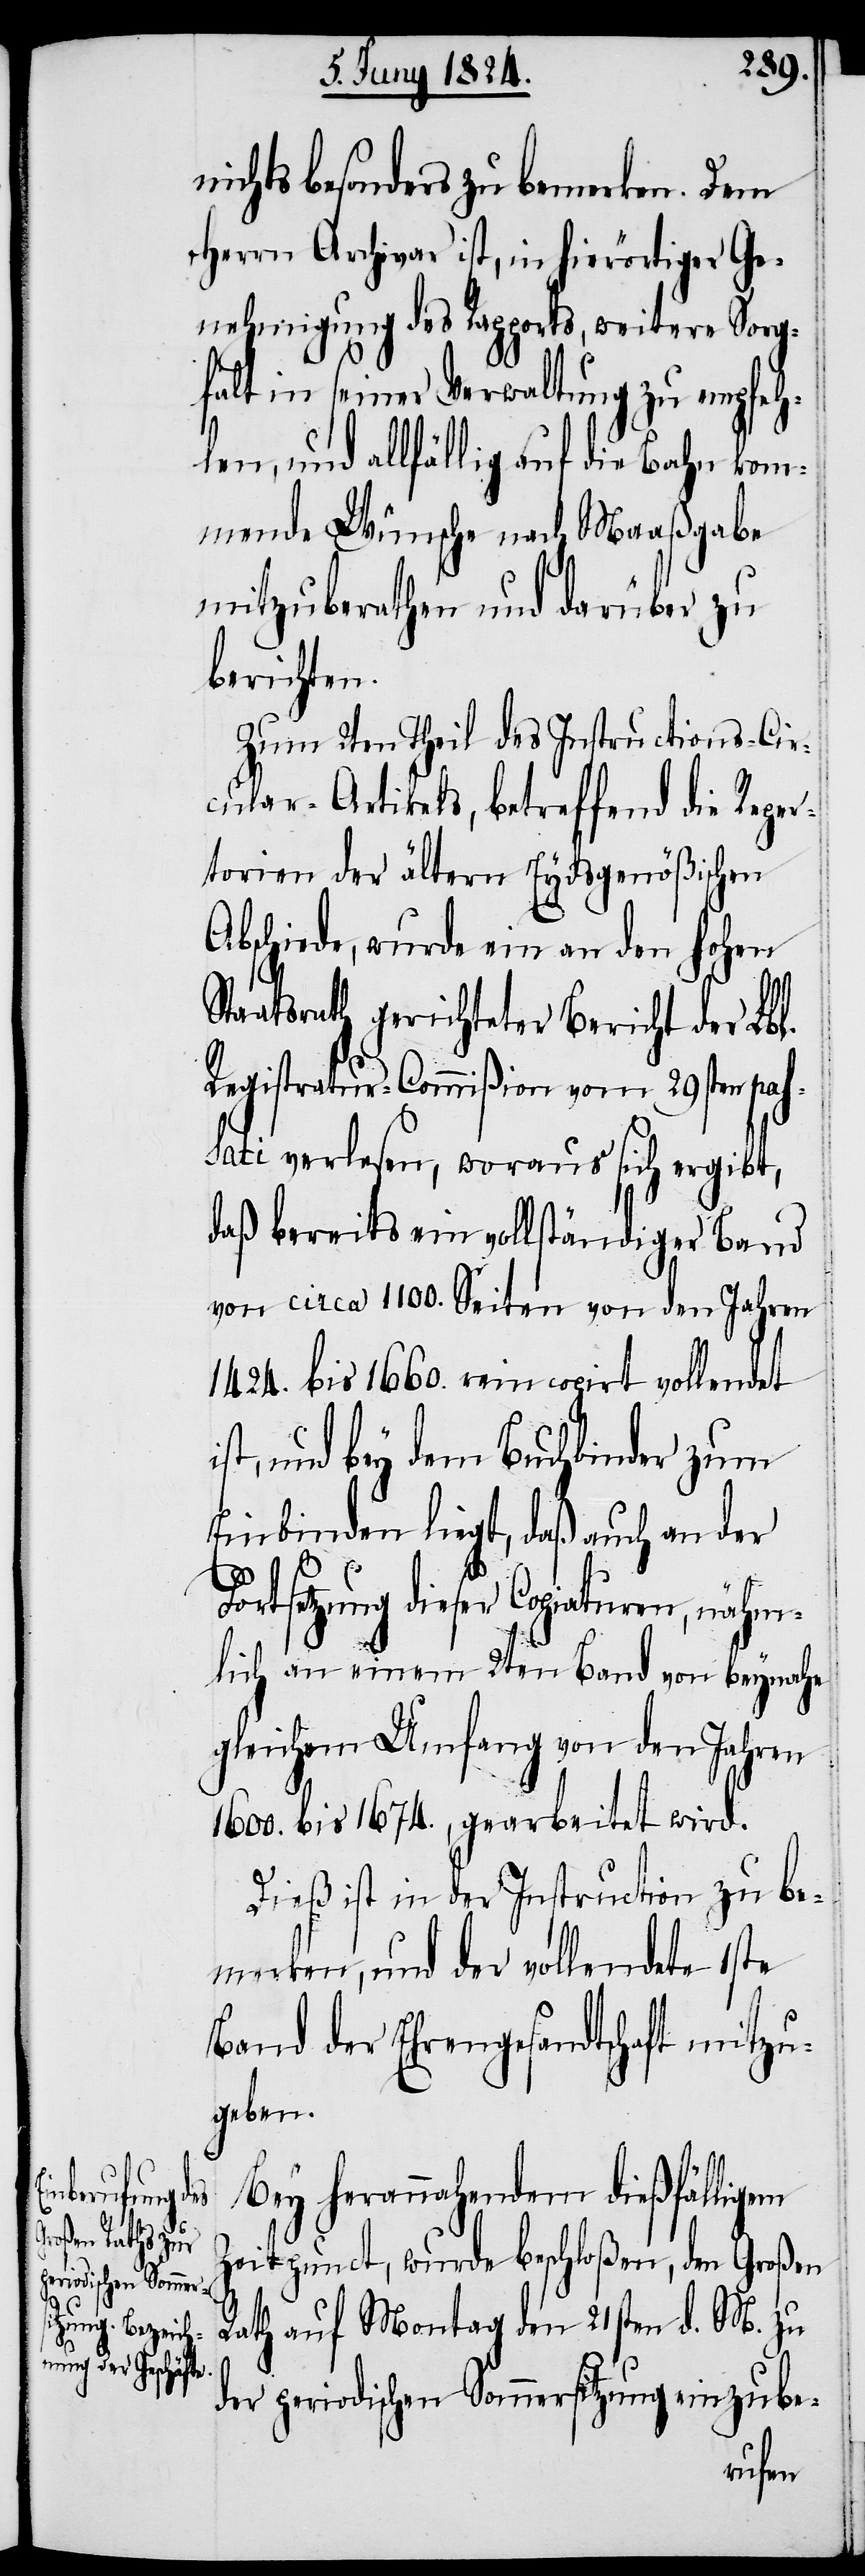
nichts besonders zu bemerken. Dem
Herrn Archivar ist, in hierörtiger Ge¬
nehmigung des Rapports, weitere Sorg¬
falt in seiner Verwaltung zu empfeh¬
len, und allfällig auf die Bahn kom¬
mende Wünsche nach Maaßgabe
mitzuberathen und darüber zu
berichten.
Zum 2ten Theil des Instructions-Cir¬
cular-Artikels, betreffend die Reper¬
torien der ältern Eydsgenößischen
Abschiede, wurde ein an den hohen
Staatsrath gerichteter Bericht der Lbl.
Registratur-Commißion vom 29sten pas¬
sati verlesen, woraus sich ergibt,
daß bereits ein vollständiger Band
von circa 1100. Seiten von den Jahren
1424. bis 1660. rein copirt vollendet
ist, und bey dem Buchbinder zum
Einbinden liegt, daß auch an der
Fortsetzung dieser Copiaturen, nähm¬
lich an einem 2ten Band von beynahe
gleichem Umfang von den Jahren
1600. bis 1674., gearbeitet wird.
Dieß ist in der Instruction zu be¬
merken, und der vollendete 1ste
Band der Ehrengesandtschaft mitzu¬
geben.
Bey herannahendem dießfälligem
Zeitpunct, wurde beschloßen, dem Großen
Rath auf Montag den 21sten d. M. zu
der periodischen Sommersitzung einzube-